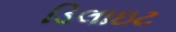
ડિલાઇટ